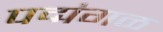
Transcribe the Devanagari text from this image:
पद्मंगळ